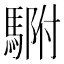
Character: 䮛